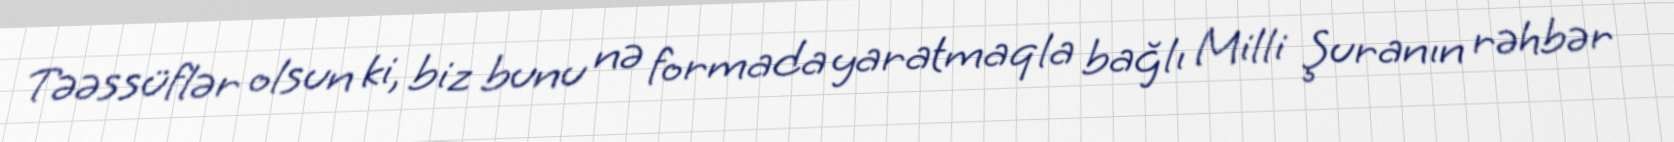
Təəssüflər olsun ki, biz bunu nə formada yaratmaqla bağlı Milli Şuranın rəhbər